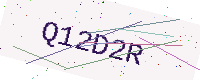
Text: Q12D2R